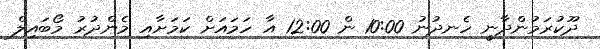
ދޫކުރަަމުންދާނީ ހެނދުނު 10:00 ން 12:00 އާ ހަމައަށް ކަމަށާއި މެންދުރު މޯބައިލް